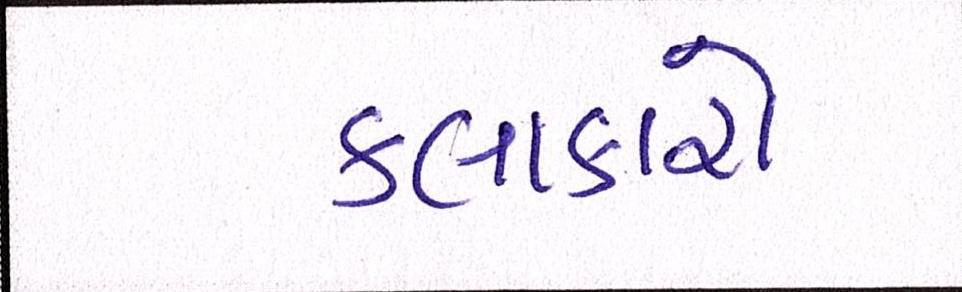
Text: કલાકારો